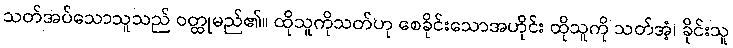
သတ်အပ်သောသူသည် ဝတ္ထုမည်၏။ ထိုသူကိုသတ်ဟု စေခိုင်းသောအဟိုင်း ထိုသူကို သတ်အံ့၊ ခိုင်းသူ